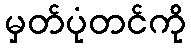
မှတ်ပုံတင်ကို